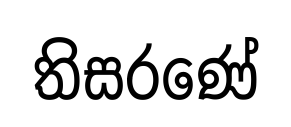
තිසරණේ